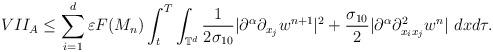
LaTeX: \begin{align*}VII_{A}\leq \sum_{i=1}^{d} \varepsilon F(M_{n})\int_{t}^{T}\int_{\mathbb{T}^{d}}\frac{1}{2\sigma_{10}}|\partial^{\alpha}\partial_{x_{j}}w^{n+1}|^{2}+\frac{\sigma_{10}}{2}|\partial^{\alpha}\partial^{2}_{x_{i}x_{j}}w^{n}|\ dxd\tau.\end{align*}